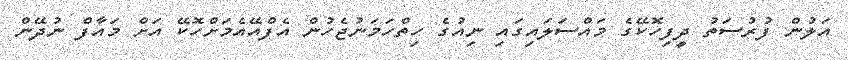
އަލުން ފުރުސަތު ދީފިހޮކޭގެ މައްސަލައިގައި ނިއުގެ ހިތްހަމަނުޖެހުން އެފްއޭއެމަށްހޮކޭ އަށް މައާފް ނުދޭން